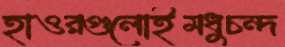
হাওরগুলোইমধুচন্দ